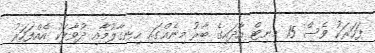
ފަހަރަކު ވެސް 15 މިނިޓް އާދައިގެ ބާރު މިނެއްގައި ހިނގާލުމާއި ދުވާލަކު އެއްފަހަރު